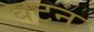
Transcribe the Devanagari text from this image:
घट्न